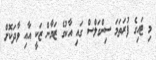
މި ޓައިގެ ފުރަތަމަ ސިންގަލްސް ގައި އާކުގެ ޒަޔާން ޒަކީ އާއި ވާދަކޮށް